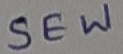
Text: SEW